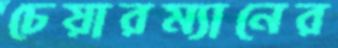
চেয়ারম্যানের